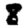
Digit: 8